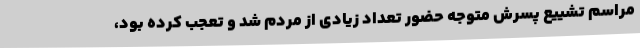
مراسم تشییع پسرش متوجه حضور تعداد زیادی از مردم شد و تعجب کرده بود،